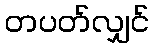
တပတ်လျှင်